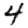
Digit: 4